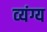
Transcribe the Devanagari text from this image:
व्‍यंग्य